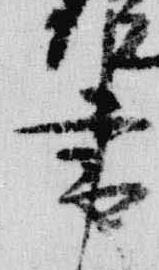
書